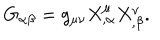
LaTeX: G _ { \alpha \beta } = g _ { \mu \nu } X _ { , \alpha } ^ { \mu } X _ { , \beta } ^ { \nu } .